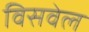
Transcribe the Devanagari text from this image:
विसवेल